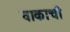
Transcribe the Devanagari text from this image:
वाकाची